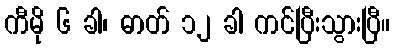
ကီမို ၆ ခါ၊ ဓာတ် ၁၂ ခါ ကင်ပြီးသွားပြီ။